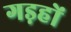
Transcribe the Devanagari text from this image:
गड़हों